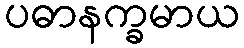
ပဓာနက္ခမာယ